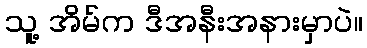
သူ့ အိမ်က ဒီအနီးအနားမှာပဲ။